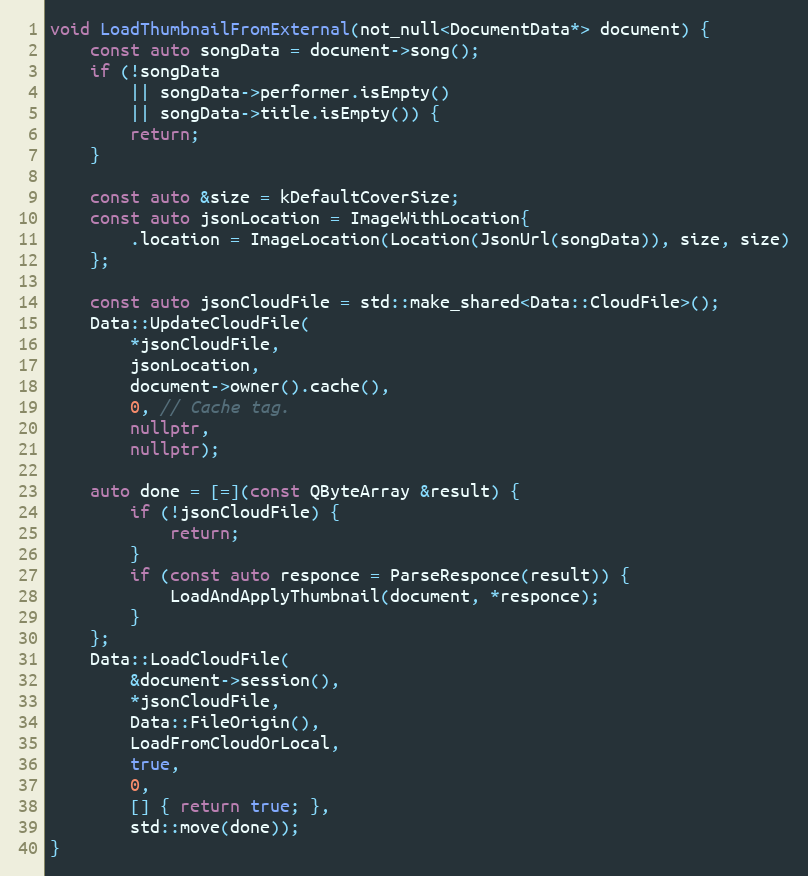
Language: C++
void LoadThumbnailFromExternal(not_null<DocumentData*> document) {
	const auto songData = document->song();
	if (!songData
		|| songData->performer.isEmpty()
		|| songData->title.isEmpty()) {
		return;
	}

	const auto &size = kDefaultCoverSize;
	const auto jsonLocation = ImageWithLocation{
		.location = ImageLocation(Location(JsonUrl(songData)), size, size)
	};

	const auto jsonCloudFile = std::make_shared<Data::CloudFile>();
	Data::UpdateCloudFile(
		*jsonCloudFile,
		jsonLocation,
		document->owner().cache(),
		0, // Cache tag.
		nullptr,
		nullptr);

	auto done = [=](const QByteArray &result) {
		if (!jsonCloudFile) {
			return;
		}
		if (const auto responce = ParseResponce(result)) {
			LoadAndApplyThumbnail(document, *responce);
		}
	};
	Data::LoadCloudFile(
		&document->session(),
		*jsonCloudFile,
		Data::FileOrigin(),
		LoadFromCloudOrLocal,
		true,
		0,
		[] { return true; },
		std::move(done));
}